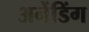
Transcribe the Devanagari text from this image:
अनेंडिंग